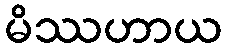
မိဿဟာယ